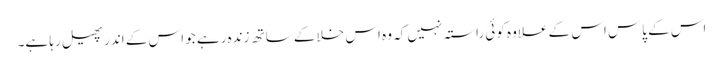
اس کے پاس اس کے علاوہ کوئی راستہ نہیں کہ وہ اس خلا کے ساتھ زندہ رہے جو اس کے اندر پھیل رہا ہے۔